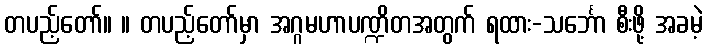
တပည့်တော်။ ။ တပည့်တော်မှာ အဂ္ဂမဟာပဏ္ဍိတအတွက် ရထား-သင်္ဘော စီးဖို့ အခမဲ့